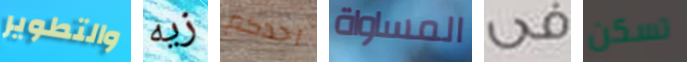
والتطوير زيه احدكم المساواة فى تسكن